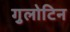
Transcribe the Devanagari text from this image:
गुलोटिन